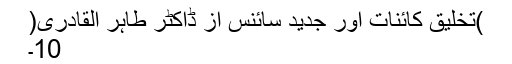
)تخلیق کائنات اور جدید سائنس از ڈاکٹر طاہر القادری(
10۔